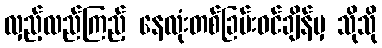
လှည့်လည်ကြည့် နေလုံးတစ်ခြမ်းဝင်ချိန်မှ သိုသို